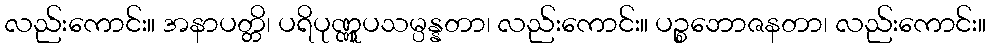
လည်းကောင်း။ အနာပတ္တိ၊ ပရိပုဏ္ဏူပသမ္ပန္နတာ၊ လည်းကောင်း။ ပဉ္စဘောဇနတာ၊ လည်းကောင်း။